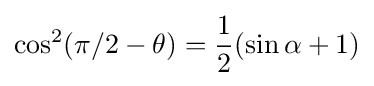
\cos ^{2}(\pi /2-\theta )={\frac {1}{2}}(\sin \alpha +1)